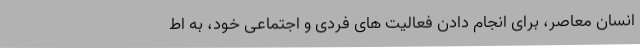
انسان معاصر، برای انجام دادن فعالیت های فردی و اجتماعی خود، به اط